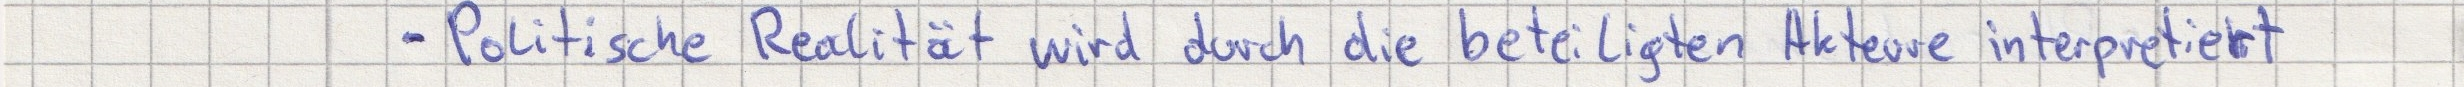
- Politische Realität wird durch die beteiligten Akteure interpretiert